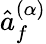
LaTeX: \hat{a}_{f}^{(\alpha)}